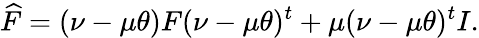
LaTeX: \widehat F=(\nu-\mu\theta)F(\nu-\mu\theta)^{t}+\mu(\nu-\mu\theta)^{t}I.